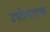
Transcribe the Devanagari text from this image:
उपोत्पादक